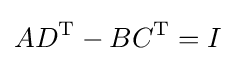
AD^{\text{T}}-BC^{\text{T}}=I